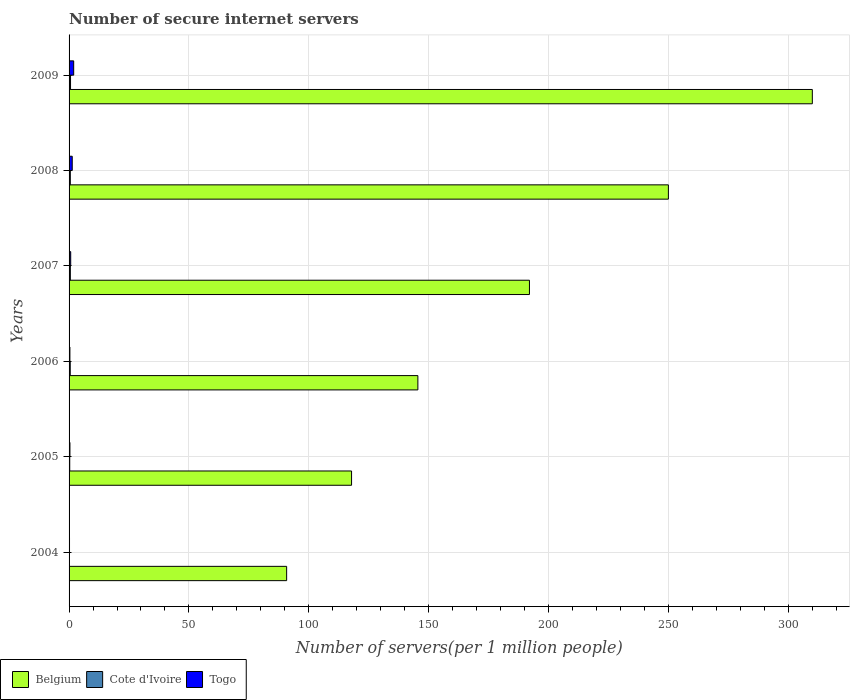
| Years | Belgium | Cote d'Ivoire | Togo |
 | --- | --- | --- | --- |
 | 2004 | 90.8 | 0.169 | 0.184 |
 | 2005 | 118 | 0.276 | 0.359 |
 | 2006 | 146 | 0.487 | 0.349 |
 | 2007 | 192 | 0.53 | 0.679 |
 | 2008 | 250 | 0.519 | 1.32 |
 | 2009 | 310 | 0.61 | 1.93 |